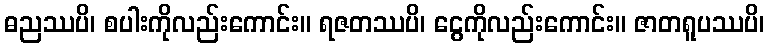
ဓညဿပိ၊ စပါးကိုလည်းကောင်း။ ရဇတဿပိ၊ ငွေကိုလည်းကောင်း။ ဇာတရူပဿပိ၊